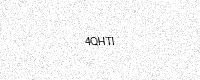
Text: 4QHTI